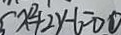
x ^ { 2 } + 2 y - 6 = 0 \textcircled { 1 }